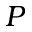
P